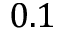
0 . 1